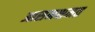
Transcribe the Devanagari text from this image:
आसनक्षमत